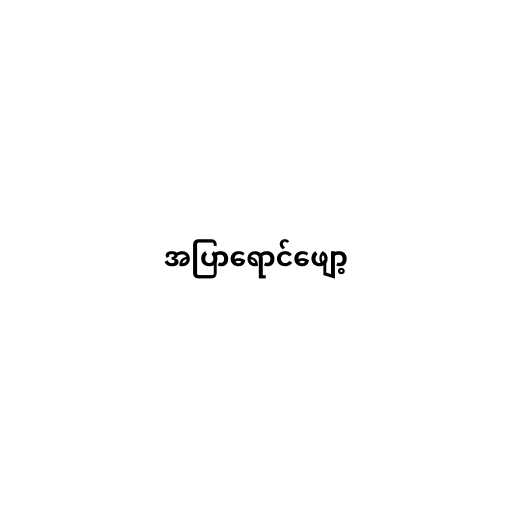
အပြာရောင်ဖျော့